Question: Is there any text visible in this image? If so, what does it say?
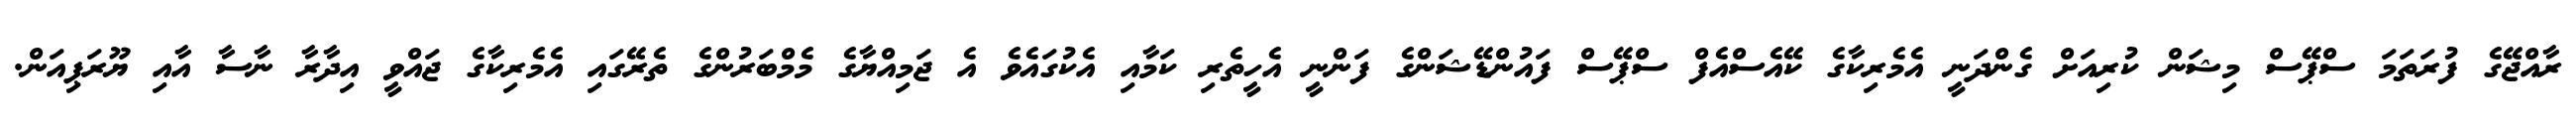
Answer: ރާއްޖޭގެ ފުރަތަމަ ސްޕޭސް މިޝަން ކުރިއަށް ގެންދަނީ އެމެރިކާގެ ކޭއެސްއެފް ސްޕޭސް ފައުންޑޭޝަންގެ ފަންނީ އެހީތެރި ކަމާއި އެކުގައެވެ އެ ޖަމިއްޔާގެ މެމްބަރުންގެ ތެރޭގައި އެމެރިކާގެ ޖައްވީ އިދާރާ ނާސާ އާއި ޔޫރަޕިއަން.